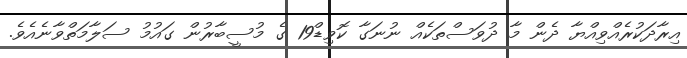
އިރާދަކުރެއްވިއްޔާ ދެން މާ ދުވަސްތަކެއް ނުނަގާ ކޮވިޑް19 ގެ މުސީބާރުން ގައުމު ސަލާމަތްވާނެއެވެ.